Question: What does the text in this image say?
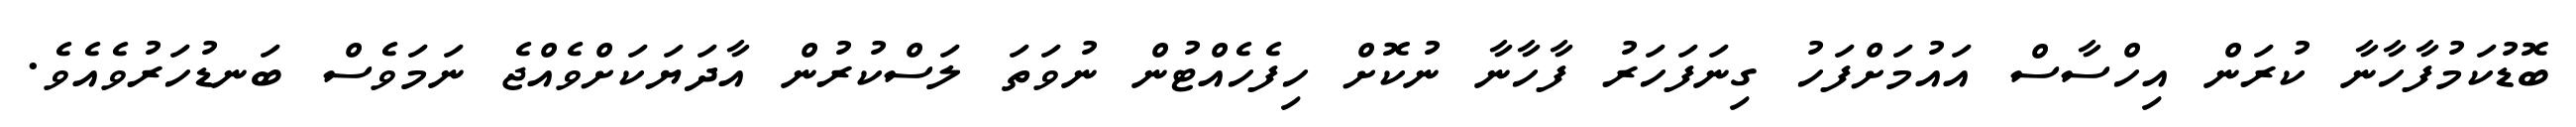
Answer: ބޮޑުކަމުފާހާނާ ކުރަން އިހްސާސް އައުމަށްފަހު ގިނަފަހަރު ފާހާނާ ނުކޮށް ހިފެހެއްޓުން ނުވަތަ ލަސްކުރުން އާދަޔަކަށްވެއްޖެ ނަމަވެސް ބަނޑުހަރުވެއެވެ.